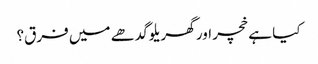
کیا ہے خچر اور گھریلو گدھے میں فرق؟